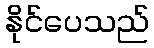
နိုင်ပေသည်